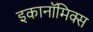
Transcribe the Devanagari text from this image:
इकानॉमिक्स